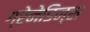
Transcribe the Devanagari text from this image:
ग्रेनेडिन्स